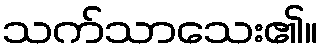
သက်သာသေး၏။